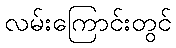
လမ်းကြောင်းတွင်